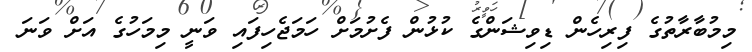
މިމުބާރާތުގެ ފިރިހެން ޑިވިޝަންގެ ކުޅުން ފެށުމަށް ހަމަޖެހިފައި ވަނީ މިމަހުގެ އަށް ވަނަ